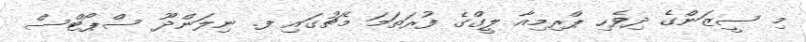
މި ސީޒަންގެ ދިވެހި ޕްރިމިއާ ލީގްގެ ފުރަތަމަ މެޗުގައި ފ. ނިލަންދޫ ސްޕޯޓްސް